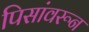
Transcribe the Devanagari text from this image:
पिसांवरून